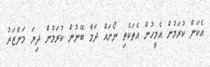
އެކަން ކުރަމުން އެމީހުން އެތަކެތި ނޯށައް ދަމާ ބޭނުން ކުރަމުން ދިޔަ މަންޒަރު